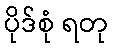
ပိုဒ်စုံ ရတု